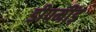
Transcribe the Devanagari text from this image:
डीपमींड़